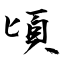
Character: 頃